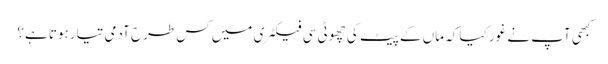
کبھی آپ نے غور کیا کہ ماں کے پیٹ کی چھوٹی سی فیکٹری میں کس طرح آدمی تیار ہوتا ہے؟